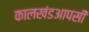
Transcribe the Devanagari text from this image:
कालखंडआपसी